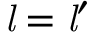
{ \mathit { l } } = { \mathit { l } } ^ { \prime }